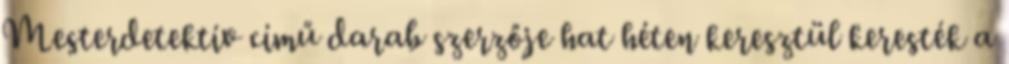
Mesterdetektív című darab szerzője hat héten keresztül keresték a